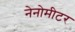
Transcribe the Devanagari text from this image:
नेनोमीटर